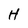
Character: H